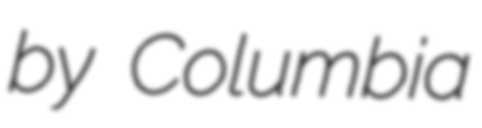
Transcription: by Columbia